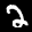
Label: 2